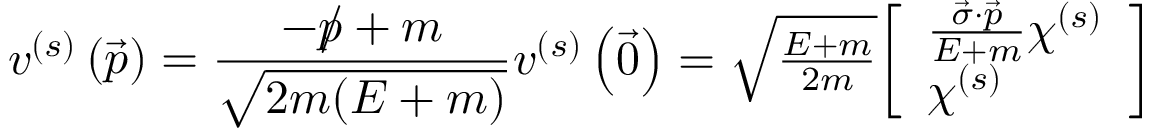
v ^ { ( s ) } \left( { \vec { p } } \right) = { \frac { - { p \! \! \! / } + m } { \sqrt { 2 m ( E + m ) } } } v ^ { ( s ) } \left( { \vec { 0 } } \right) = \textstyle { \sqrt { \frac { E + m } { 2 m } } } { \left[ \begin{array} { l } { { \frac { { \vec { \sigma } } \cdot { \vec { p } } } { E + m } } \chi ^ { ( s ) } } \\ { \chi ^ { ( s ) } } \end{array} \right] }